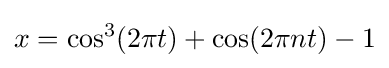
x=\cos ^{3}(2\pi t)+\cos(2\pi nt)-1